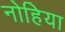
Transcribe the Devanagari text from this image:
नोहिया